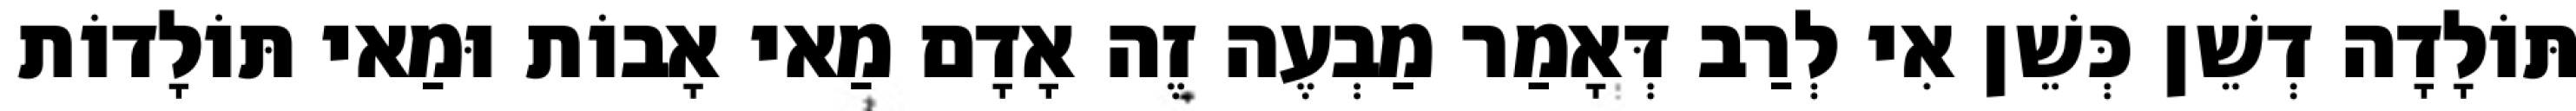
תּוֹלָדָה דְשֵׁן כְּשֵׁן אִי לְרַב דְּאָמַר מַבְעֶה זֶה אָדָם מַאי אָבוֹת וּמַאי תּוֹלָדוֹת